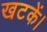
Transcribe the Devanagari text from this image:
खटकें।